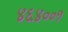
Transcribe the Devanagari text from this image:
४६४००१